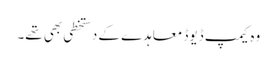
وہ کیمپ ڈیوڈ معاہدے کے دستخطی بھی تھے۔